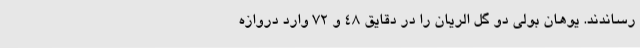
رساندند. یوهان بولی دو گل الریان را در دقایق ۴۸ و ۷۲ وارد دروازه